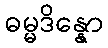
ဓမ္မဒိန္နော